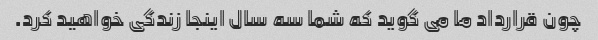
چون قرارداد ما می گوید که شما سه سال اینجا زندگی خواهید کرد.